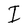
Character: I